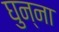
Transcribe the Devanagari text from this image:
घुन्ना